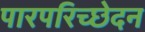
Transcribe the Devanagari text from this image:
पारपरिच्छेदन